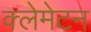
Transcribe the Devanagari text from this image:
क्लेमेटन